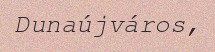
Dunaújváros,